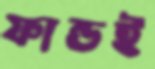
ফান্ডই